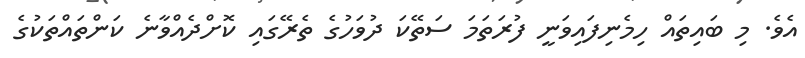
އެވެ. މި ބައިތައް ހިމެނިފައިވަނީ ފުރަތަމަ ސަތޭކަ ދުވަހުގެ ތެރޭގައި ކޮށްދެއްވާނެ ކަންތައްތަކުގެ